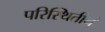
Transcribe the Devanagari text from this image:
परिस्थितीनं